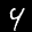
Label: 4